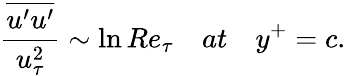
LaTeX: \frac{\overline{{u^{\prime}u^{\prime}}}}{u_{\tau}^{2}}\sim\ln Re_{\tau}\quad at\quad y^{+}=c.